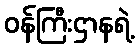
ဝန်ကြီးဌာနရဲ့